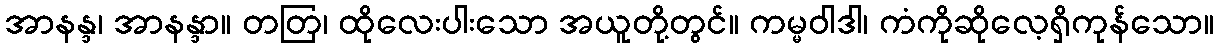
အာနန္ဒ၊ အာနန္ဒာ။ တတြ၊ ထိုလေးပါးသော အယူတို့တွင်။ ကမ္မဝါဒါ၊ ကံကိုဆိုလေ့ရှိကုန်သော။